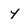
Character: y